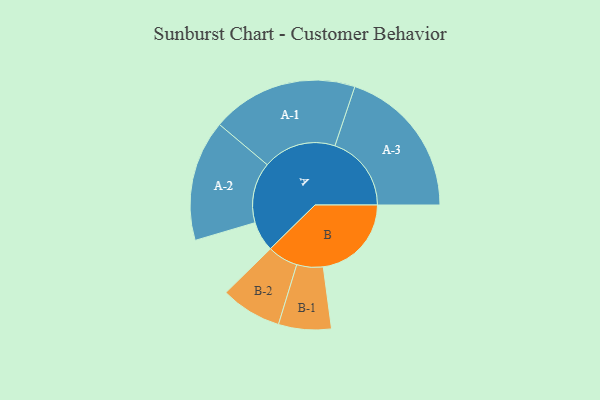
{"axis": {"x": "Segment", "y": "Value"}, "legend": ["", "A", "B"], "data": [{"x": "A", "y": 115, "type": ""}, {"x": "B", "y": 338, "type": ""}, {"x": "A-1", "y": 281, "type": "A"}, {"x": "A-2", "y": 232, "type": "A"}, {"x": "A-3", "y": 293, "type": "A"}, {"x": "B-1", "y": 101, "type": "B"}, {"x": "B-2", "y": 117, "type": "B"}]}